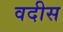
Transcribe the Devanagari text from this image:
वदीस